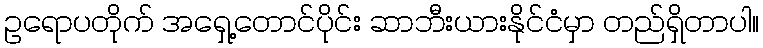
ဥရောပတိုက် အရှေ့တောင်ပိုင်း ဆာဘီးယားနိုင်ငံမှာ တည်ရှိတာပါ။